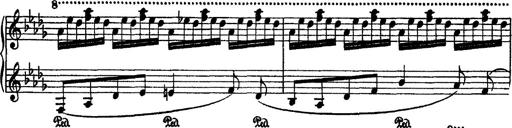
Title: 2 KonzertetÃ¼den
Composer: Franz Liszt